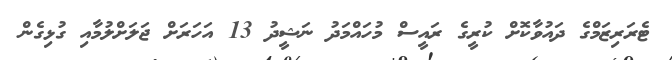
ޓެރަރިޒަމްގެ ދައުވާކޮށް ކުރީގެ ރައީސް މުހައްމަދު ނަޝީދު 13 އަހަރަށް ޖަލަށްލުމާއި ގުޅިގެން